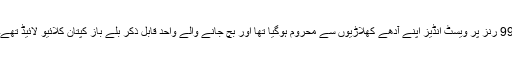
99 رنز پر ویسٹ انڈیز اپنے آدھے کھلاڑیوں سے محروم ہوگیا تھا اور بچ جانے والے واحد قابل ذکر بلے باز کپتان کلائیو لائیڈ تھے۔